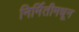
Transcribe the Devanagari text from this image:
निर्मितीमधून